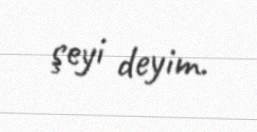
şeyi deyim.